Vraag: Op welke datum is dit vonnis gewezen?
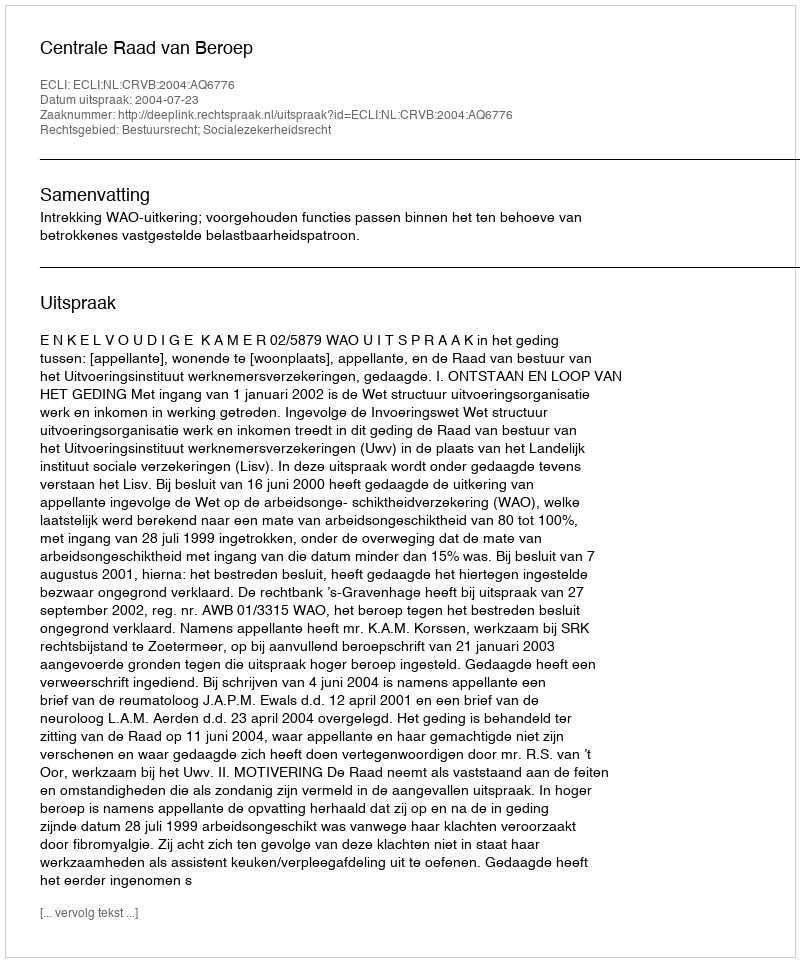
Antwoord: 2004-07-23